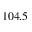
1 0 4 . 5